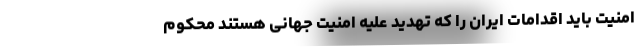
امنیت باید اقدامات ایران را که تهدید علیه امنیت جهانی هستند محکوم